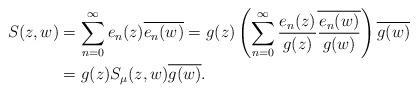
LaTeX: \begin{align*}S(z,w)&=\sum_{n=0}^{\infty}e_n(z)\overline{e_n(w)}=g_{}(z)\left(\sum_{n=0}^{\infty}\frac{e_n(z)}{g_{}(z)}\overline{\frac{e_n(w)}{g_{}(w)}}\right)\overline{g_{}(w)}\\&=g_{}(z)S_{\mu}(z,w)\overline{g_{}(w)}.\end{align*}